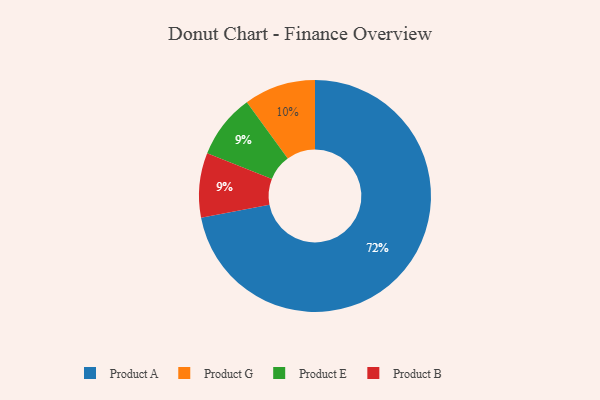
{"axis": {"x": "Category", "y": "Percentage"}, "legend": ["Product A", "Product B", "Product E", "Product G"], "data": [{"x": "Product E", "y": 9, "type": "Product E"}, {"x": "Product G", "y": 10, "type": "Product G"}, {"x": "Product B", "y": 9, "type": "Product B"}, {"x": "Product A", "y": 72, "type": "Product A"}]}